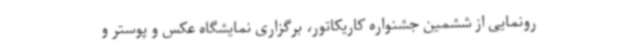
رونمایی از ششمین جشنواره کاریکاتور، برگزاری نمایشگاه عکس و پوستر و